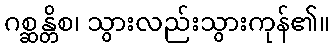
ဂစ္ဆန္တိစ၊ သွားလည်းသွားကုန်၏။